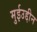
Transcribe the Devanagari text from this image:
मुईउद्दीन